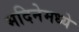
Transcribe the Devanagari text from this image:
मदिनेमध्ये